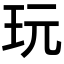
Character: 玩